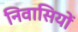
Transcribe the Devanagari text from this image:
निवासियों